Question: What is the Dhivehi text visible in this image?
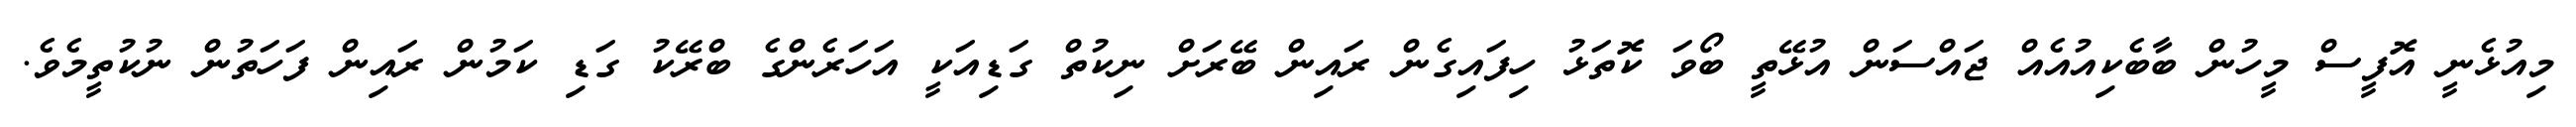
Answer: މިއުޅެނީ އޮފީސް މީހުން ބާބެކިއުއެއް ޖައްސަން އުޅޭތީ ބޯވަ ކޮތަޅު ހިފައިގެން ރައިން ބޭރަށް ނިކުތް ގަޑިއަކީ އަހަރެންގެ ބްރޭކު ގަޑި ކަމުން ރައިން ފަހަތުން ނުކުތީމެވެ.